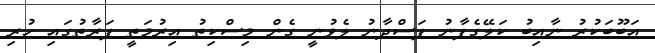
އަބޫބަކުރު ނާއިބު ކަލޭގެފާނު ފަސްދާނު ލެވުނީ ގެން މިސްކިތު އިރުމަތީ ފަރާތުގައި ހުރި